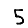
Digit: 5